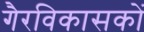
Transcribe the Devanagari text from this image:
गैरविकासकों